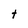
Character: t